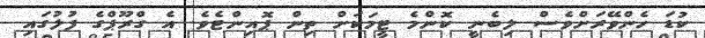
ކުޑަ ހެންވޭރަށްވެސް ލިބެނީ ކޮންމެ ޓީމަކަށް ތިން ޕޮއިންޓެވެ. އެ ގްރޫޕްގެ ފުލުގައި